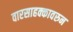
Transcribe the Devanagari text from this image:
वारसाहक्कावरुन